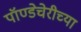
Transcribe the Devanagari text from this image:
पॉण्डेचेरीच्या